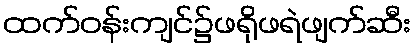
ထက်ဝန်းကျင်၌ဖရိုဖရဲဖျက်ဆီး